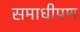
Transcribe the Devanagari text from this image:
समाधीपण